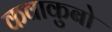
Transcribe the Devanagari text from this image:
कवाकुबो